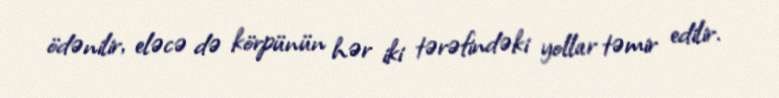
ödənilir, eləcə də körpünün hər iki tərəfindəki yollar təmir edilir.